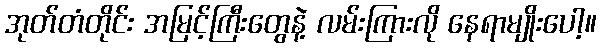
အုတ်တံတိုင်း အမြင့်ကြီးတွေနဲ့ လမ်းကြားလို နေရာမျိုးပေါ့။